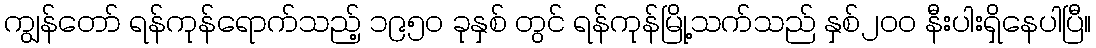
ကျွန်တော် ရန်ကုန်ရောက်သည့် ၁၉၅ဝ ခုနှစ် တွင် ရန်ကုန်မြို့သက်သည် နှစ်၂ဝဝ နီးပါးရှိနေပါပြီ။